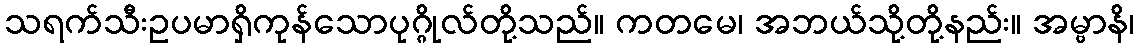
သရက်သီးဥပမာရှိကုန်သောပုဂ္ဂိုလ်တို့သည်။ ကတမေ၊ အဘယ်သို့တို့နည်း။ အမ္ဗာနိ၊